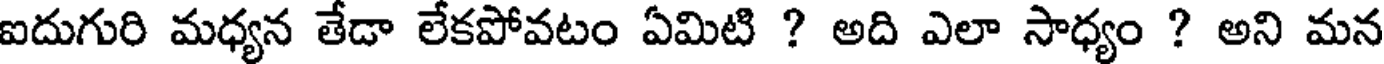
ఐదుగురి మధ్యన తేడా లేకపోవటం ఏమిటి ? అది ఎలా సాధ్యం ? అని మన